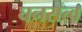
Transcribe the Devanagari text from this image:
घनसत्व